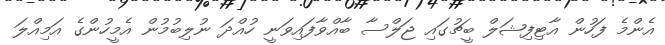
އެންމެ ފަހުން އާޓިފިޝަލް ބީޗުގައި ޖަލްސާ ބާއްވާފައިވަނީ ހުއްދަ ނުލިބުމުން އެމީހުންގެ އަމިއްލަ